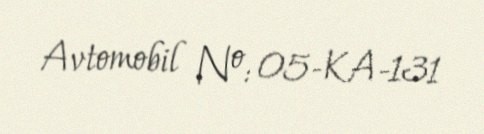
Avtomobil №: 05-KA-131